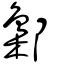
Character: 鄡